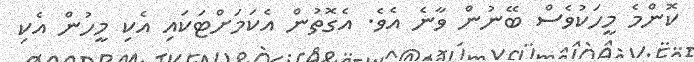
ކޮންމެ މީހަކުވެސް ބޭނުން ވާނެ އެވެ. އެގޮތުން އެކަމަށްޓަކައި އެކި މީހުން އެކި